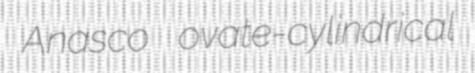
Anasco ovate-cylindrical